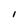
Character: I